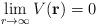
LaTeX: \begin{align*}\lim_{r \rightarrow \infty}V({\bf r}) = 0\;\end{align*}